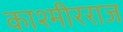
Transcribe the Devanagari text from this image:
काश्मीरराज